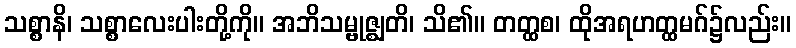
သစ္စာနိ၊ သစ္စာလေးပါးတို့ကို။ အဘိသမ္ဗုဇ္ဈတိ၊ သိ၏။ တတ္ထစ၊ ထိုအရဟတ္ထမဂ်၌လည်း။